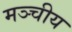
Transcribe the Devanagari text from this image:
मञ्चीय